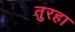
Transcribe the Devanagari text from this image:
तुरहा